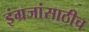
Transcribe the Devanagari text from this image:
इंग्रजांसाठीच